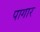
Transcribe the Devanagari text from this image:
पागार